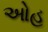
ઓહ